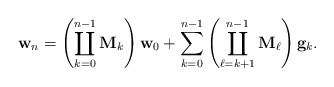
\begin{align*}\mathbf{w}_n=\left(\coprod_{k=0}^{n-1} \mathbf{M}_k\right)\mathbf{w}_0+\sum_{k=0}^{n-1}\left(\coprod_{\ell=k+1}^{n-1}\mathbf{M}_\ell\right)\mathbf{g}_k.\end{align*}